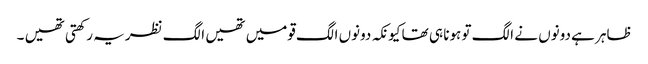
ظاہر ہے دونوں نے الگ تو ہونا ہی تھا کیونکہ دونوں الگ قومیں تھیں الگ نظریہ رکھتی تھیں ۔